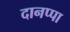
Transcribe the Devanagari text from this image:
दानप्पा